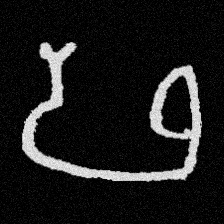
Pyu character \u2014 Myanmar letter: ဖ (romanized: pha)